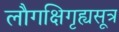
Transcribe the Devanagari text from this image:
लौगक्षिगृह्यसूत्र